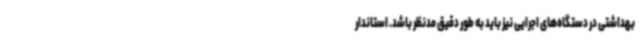
بهداشتی در دستگاه‌های اجرایی نیز باید به طور دقیق مدنظر باشد. استاندار